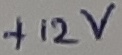
Text: +12V